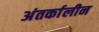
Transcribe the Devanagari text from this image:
अंतर्कालीन